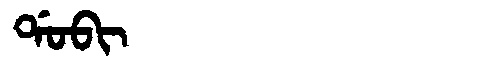
Manchu: ᡩᠣᠪᡳ
Romanization: DOBI